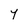
Character: Y